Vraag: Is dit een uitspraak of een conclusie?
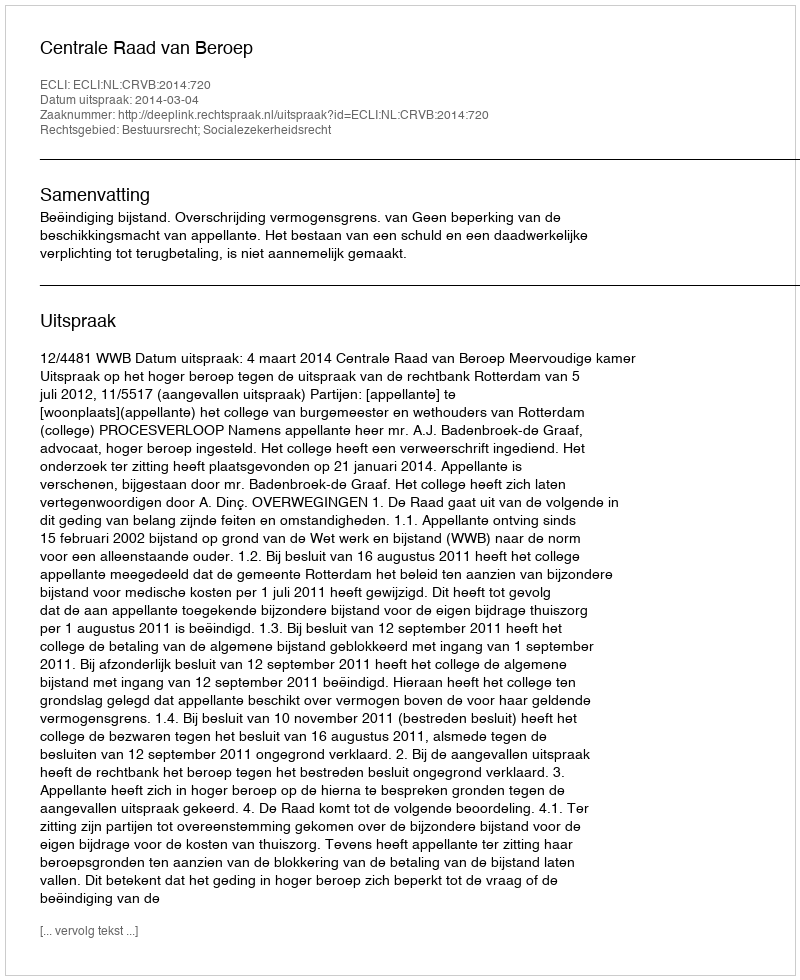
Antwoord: Uitspraak